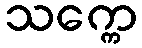
သက္ကေ